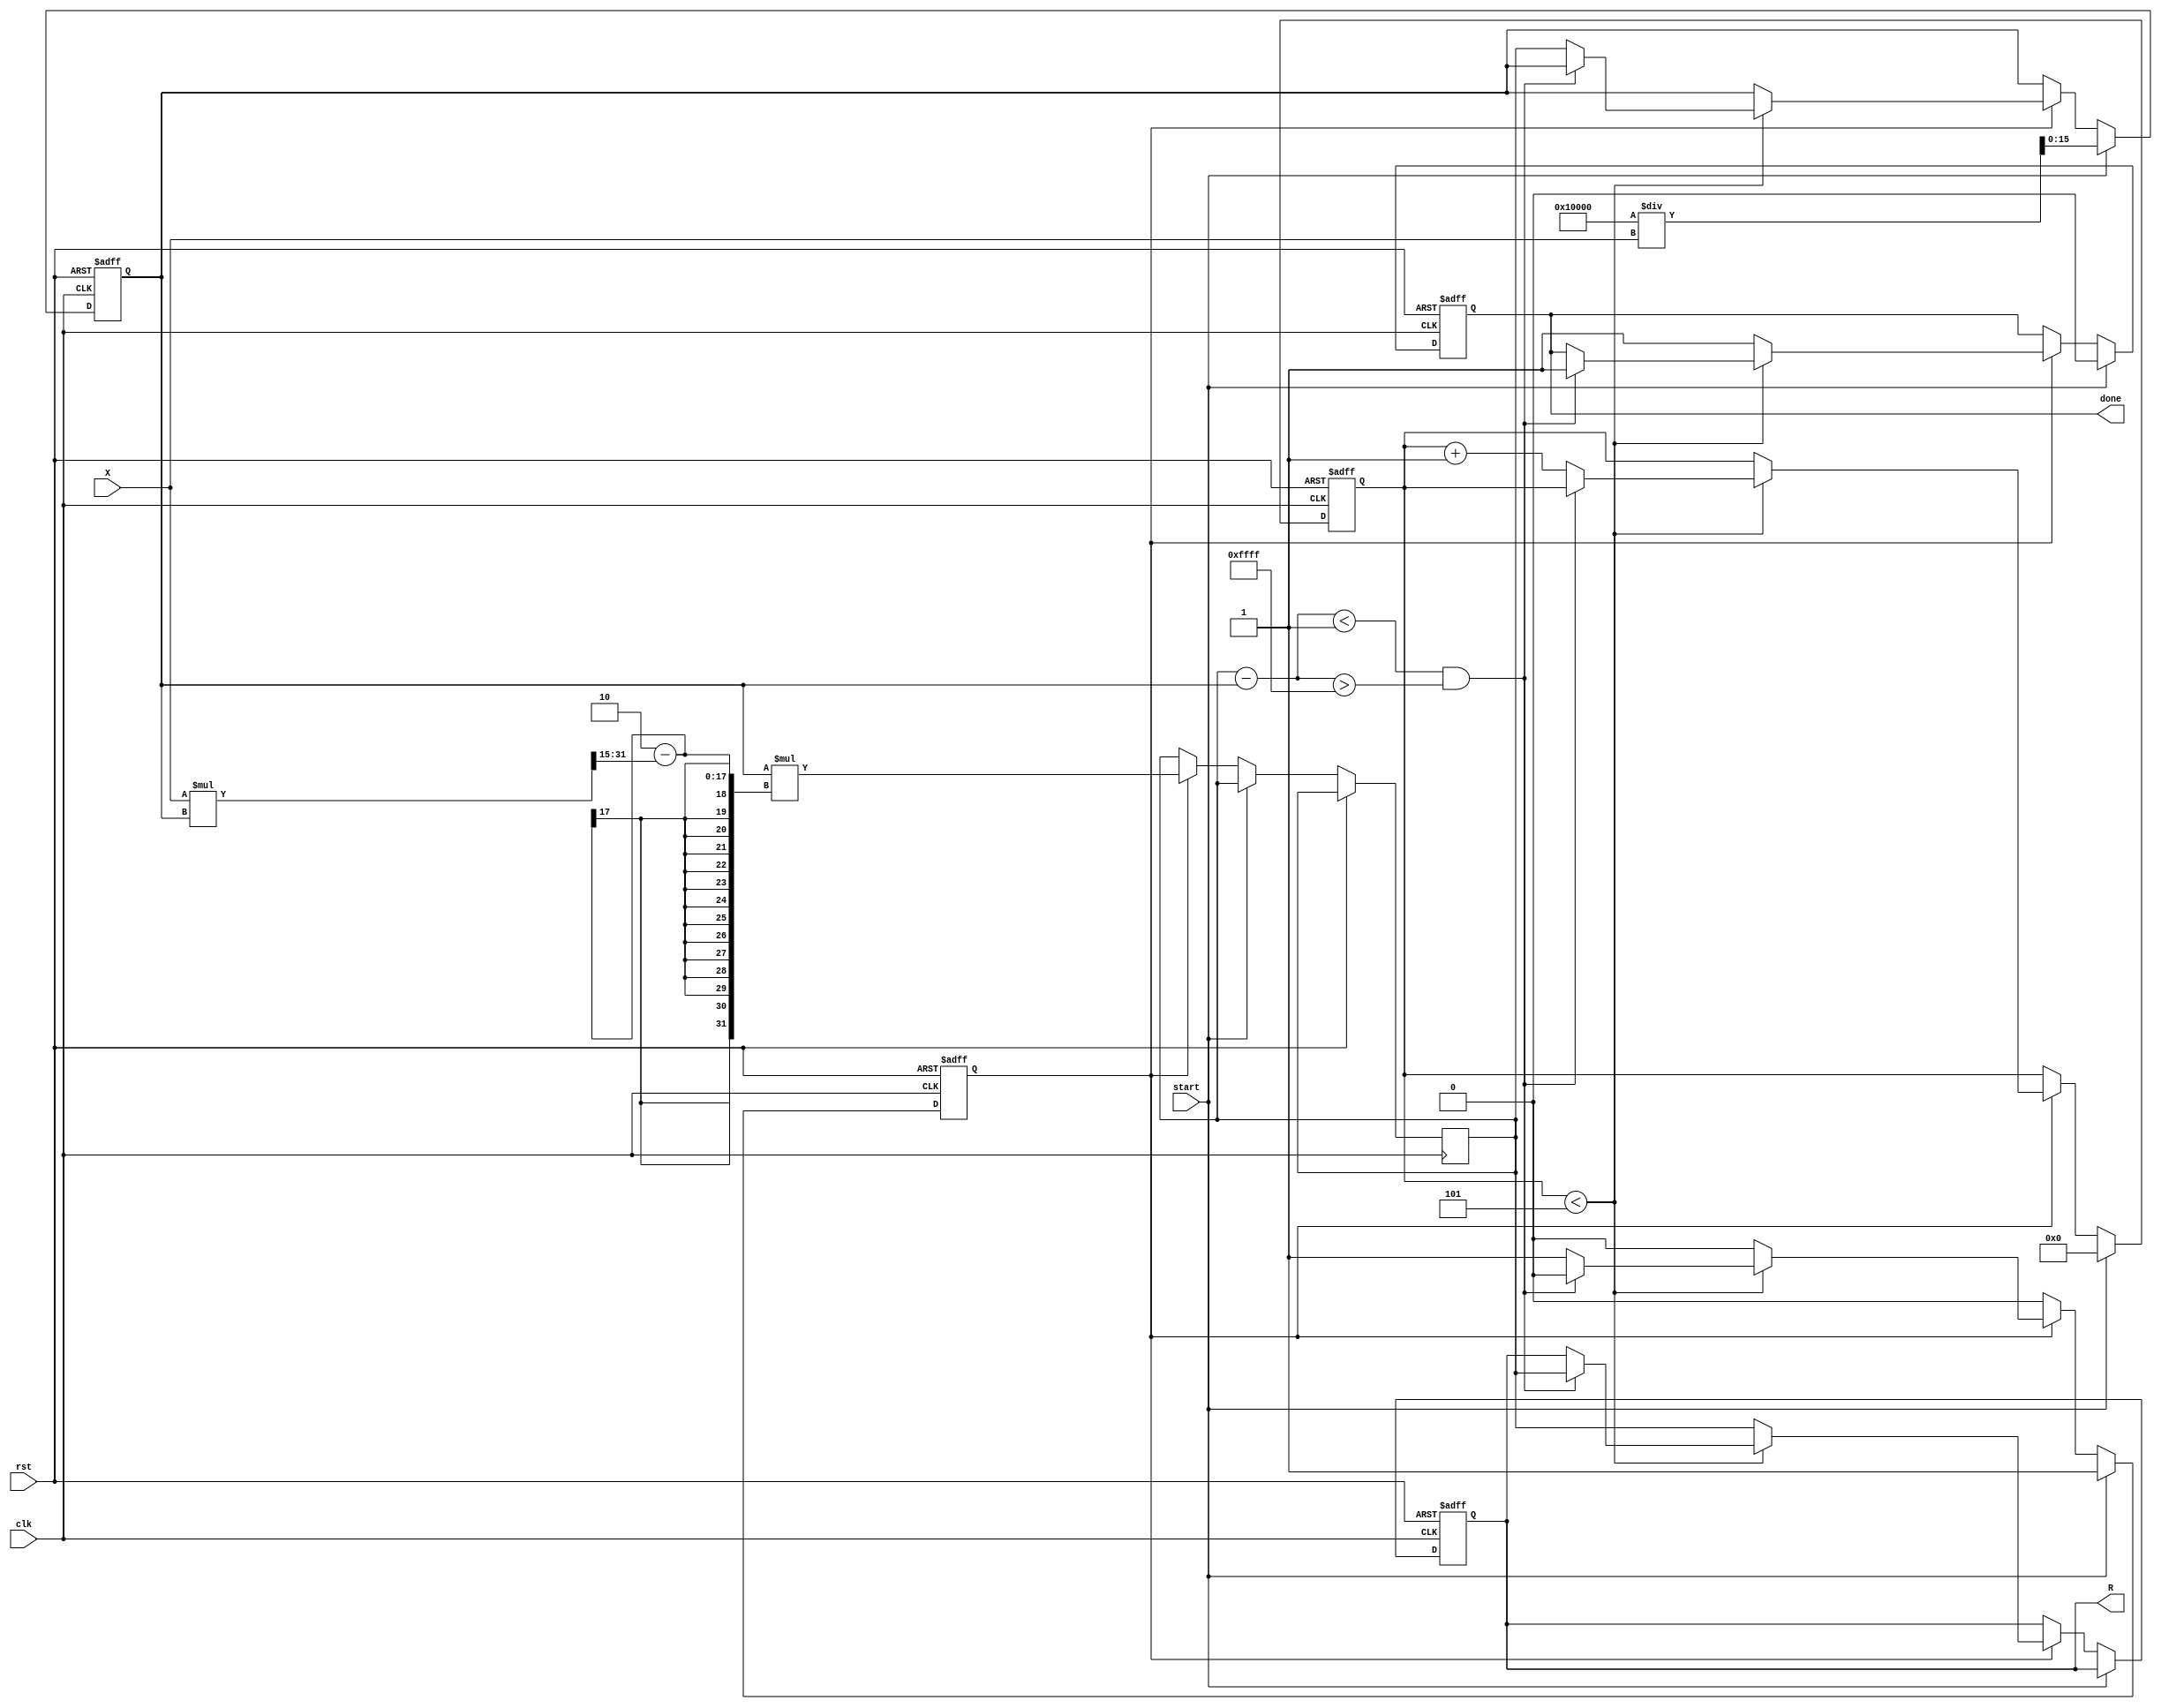
module newton_raphson_reciprocal #(
    parameter WIDTH = 16,         // Width of the fixed-point representation
    parameter MAX_ITER = 5,       // Maximum number of iterations
    parameter THRESHOLD = 16'h1    // Convergence threshold (adjust as needed)
)(
    input  wire clk,               // Clock signal
    input  wire rst,               // Reset signal
    input  wire start,             // Start signal to begin computation
    input  wire [WIDTH-1:0] X,     // Input value for which reciprocal is to be calculated
    output reg  [WIDTH-1:0] R,      // Computed reciprocal
    output reg  done               // Done signal to indicate completion
);

    reg [WIDTH-1:0] G;             // Current guess
    reg [WIDTH-1:0] G_next;        // Next guess
    reg [3:0] iteration_count;      // Iteration counter
    reg computing;                  // Flag to indicate if computing

    always @(posedge clk or posedge rst) begin
        if (rst) begin
            R <= 0;
            G <= 0;
            done <= 0;
            iteration_count <= 0;
            computing <= 0;
        end else if (start) begin
            // Initialization
            G <= (2 * (1 << (WIDTH-1))) / X; // G = 2 / X (scaled to fixed-point)
            iteration_count <= 0;
            done <= 0;
            computing <= 1;
        end else if (computing) begin
            // Iteration loop
            G_next <= G * (2 - (X * G >> (WIDTH-1))); // G_next = G * (2 - X * G)
            if (iteration_count < MAX_ITER) begin
                // Check for convergence
                if (G_next - G < THRESHOLD && G_next - G > -THRESHOLD) begin
                    computing <= 0; // Converged
                    R <= G_next;    // Output the result
                    done <= 1;      // Set done signal
                end else begin
                    G <= G_next;   // Update current guess
                    iteration_count <= iteration_count + 1; // Increment iteration count
                end
            end else begin
                computing <= 0; // Max iterations reached
                R <= G_next;    // Output the result
                done <= 1;      // Set done signal
            end
        end
    end

endmodule